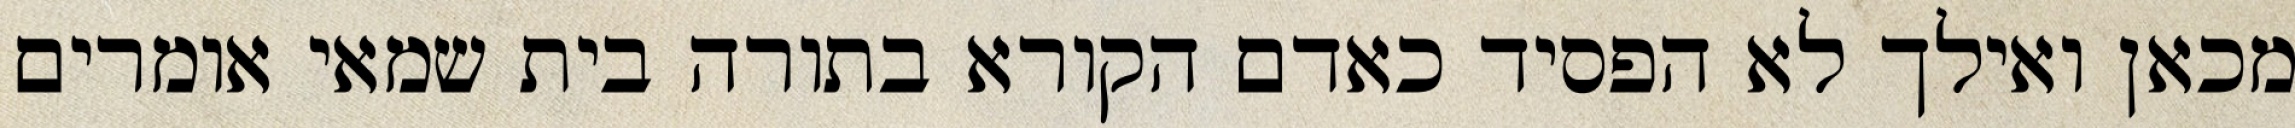
מכאן ואילך לא הפסיד כאדם הקורא בתורה בית שמאי אומרים